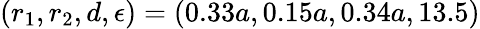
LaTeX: (r_{1},r_{2},d,\epsilon)=(0.33a,0.15a,0.34a,13.5)